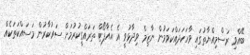
ބޭއްވި ރަސްމިއްޔާތުގައި ވާހަކަދައްކަވަމުން ނާޒިމް ވިދާޅުވީ އެ އެއާޕޯޓް ތަރައްގީކުރުމަށް ސަރުކާރުން މަސައްކަތަކެއް